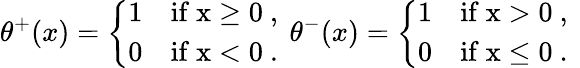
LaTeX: \theta^{+}(x)=\left\{ \begin{array}{ll}{{1}}&{{\mathrm{if~x\geq 0~,~}}}\\ {{0}}&{{\mathrm{if~x<0~.~}}}\end{array}\right.\theta^{-}(x)=\left\{ \begin{array}{ll}{{1}}&{{\mathrm{if~x>0~,~}}}\\ {{0}}&{{\mathrm{if~x\leq 0~.~}}}\end{array}\right.